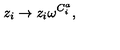
z _ { i } \rightarrow z _ { i } \omega ^ { C _ { i } ^ { a } } ,